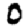
Digit: 0